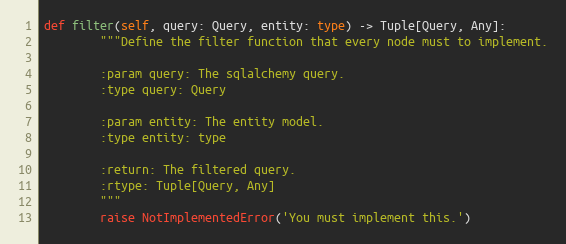
Language: Python
def filter(self, query: Query, entity: type) -> Tuple[Query, Any]:
        """Define the filter function that every node must to implement.

        :param query: The sqlalchemy query.
        :type query: Query

        :param entity: The entity model.
        :type entity: type

        :return: The filtered query.
        :rtype: Tuple[Query, Any]
        """
        raise NotImplementedError('You must implement this.')